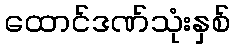
ထောင်ဒဏ်သုံးနှစ်